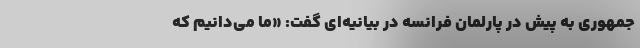
جمهوری به پیش در پارلمان فرانسه در بیانیه‌ای گفت: «ما می‌دانیم که